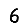
Digit: 6